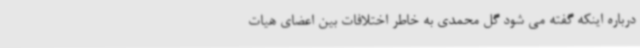
درباره اینکه گفته می شود گل محمدی به خاطر اختلافات بین اعضای هیات